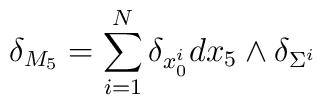
\delta_{M_5}=\sum_{i=1}^N\delta_{x^i_0} dx_5\wedge \delta_{\Sigma^i}